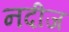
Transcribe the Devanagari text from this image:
नदीज